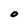
Character: 0